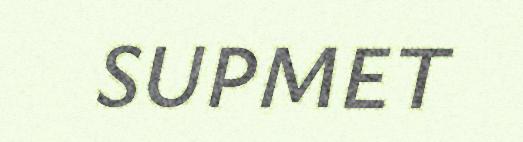
SUPMET